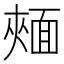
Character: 𩈧